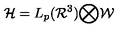
{ \mathcal { H } } = L _ { p } ( { \mathcal { R } } ^ { 3 } ) { \bigotimes } { \mathcal { W } }